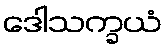
ဒေါသက္ခယံ